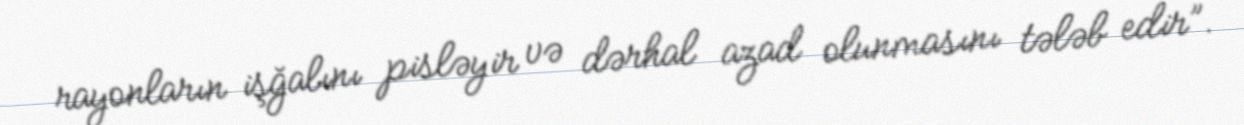
rayonların işğalını pisləyir və dərhal azad olunmasını tələb edir”.